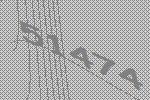
51474